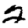
Digit: 2